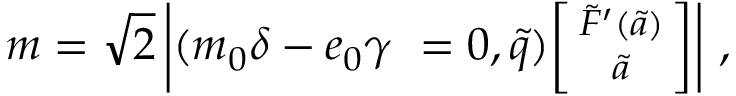
m = \sqrt { 2 } \left| ( m _ { 0 } \delta - e _ { 0 } \gamma ~ = 0 , \tilde { q } ) { \footnotesize \left[ \! \! \begin{array} { c } { { \tilde { F } ^ { \prime } ( \tilde { a } ) } } \\ { { \tilde { a } } } \end{array} \! \! \right] } \right| \, ,